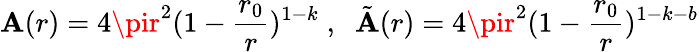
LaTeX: \mathbf{A}(r)=4\pir^{2}(1-\frac{{r_{0}}}{{r}})^{1-k}\; ,\; \; \tilde{{\mathbf{A}}}(r)=4\pir^{2}(1-\frac{{r_{0}}}{{r}})^{1-k-b}